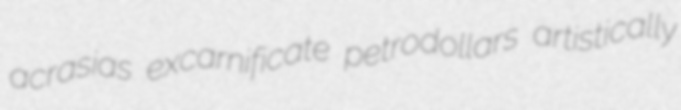
acrasias excarnificate petrodollars artistically